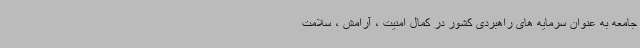
جامعه به عنوان سرمایه های راهبردی کشور در کمال امنیت ، آرامش ، سلامت